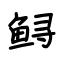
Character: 鲟